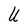
Character: U